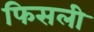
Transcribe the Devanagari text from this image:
फिसली